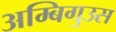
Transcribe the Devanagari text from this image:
अम्बिगुउस